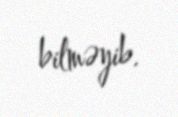
bilməyib.